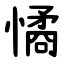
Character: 憰